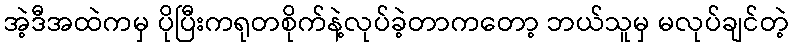
အဲ့ဒီအထဲကမှ ပိုပြီးကရုတစိုက်နဲ့လုပ်ခဲ့တာကတော့ ဘယ်သူမှ မလုပ်ချင်တဲ့